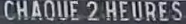
CHAQUE 2 HEURES